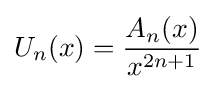
U_{n}(x)={\frac {A_{n}(x)}{x^{2n+1}}}